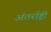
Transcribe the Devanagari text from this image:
अंतर्राष्ट्री